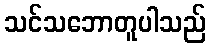
သင်သဘောတူပါသည်